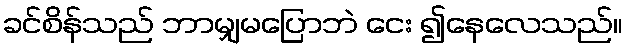
ခင်စိန်သည် ဘာမျှမပြောဘဲ ငေး ၍နေလေသည်။